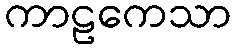
ကာဠကေသာ